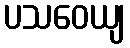
ပသဝေယျ